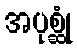
အပုစ္ဆုံ